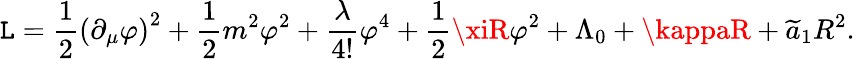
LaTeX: \mathtt{L}=\frac{{1}}{{2}}\left(\partial_{\mu}\varphi\right)^{2}+\frac{{1}}{{2}}m^{2}\varphi^{2}+\frac{{\lambda}}{{4!}}\varphi^{4}+\frac{{1}}{{2}}\xiR\varphi^{2}+\Lambda_{0}+\kappaR+\widetilde{{a}}_{1}R^{2}.